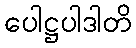
ပေါဋ္ဌပါဒါတိ